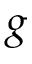
g